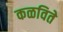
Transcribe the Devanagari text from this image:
कळविते